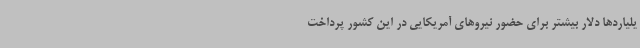
یلیاردها دلار بیشتر برای حضور نیروهای آمریکایی در این کشور پرداخت